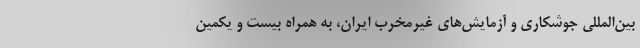
بین‌المللی جوشکاری و آزمایش‌های غیرمخرب ایران، به همراه بیست و یکمین